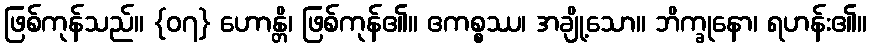
ဖြစ်ကုန်သည်။ {၀၇} ဟောန္တိ၊ ဖြစ်ကုန်၏။ ဧကစ္စဿ၊ အချို့သော။ ဘိက္ခုနော၊ ရဟန်း၏။